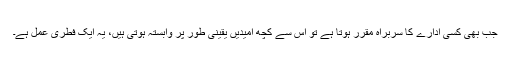
جب بھی کسی ادارے کا سربراہ مقرر ہوتا ہے تو اس سے کچھ امیدیں یقینی طور پر وابستہ ہوتی ہیں، یہ ایک فطری عمل ہے۔